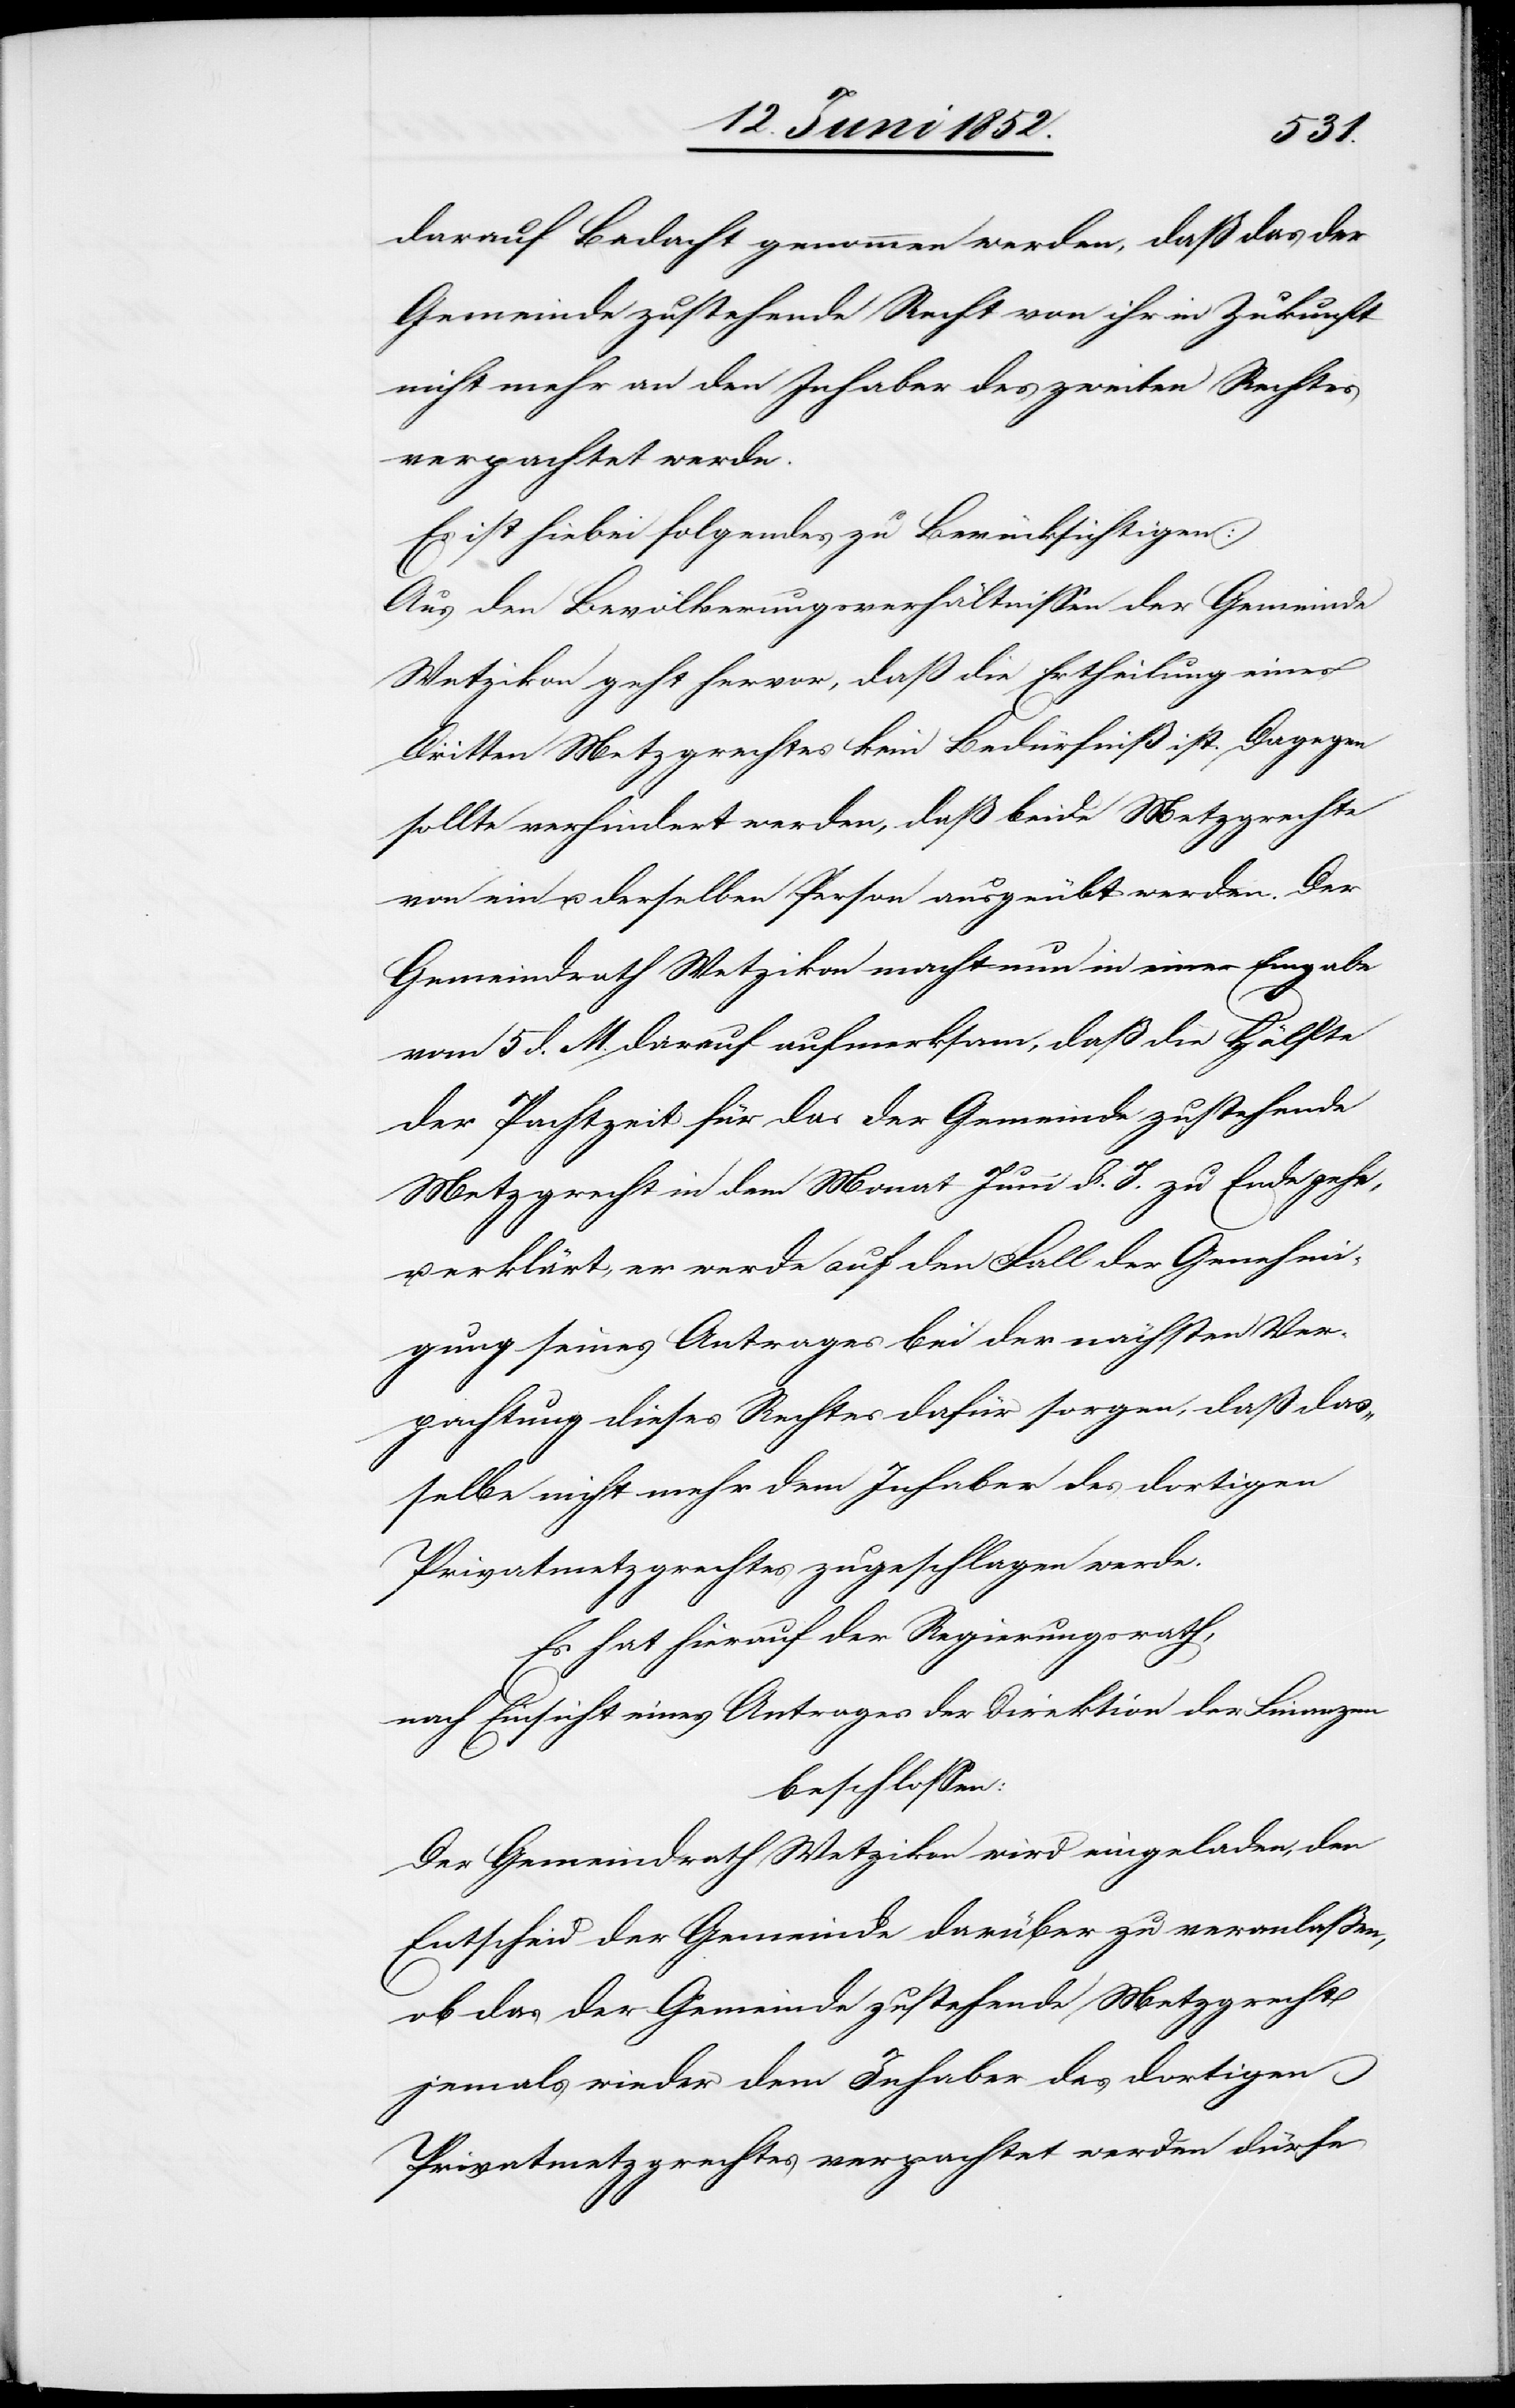
darauf Bedacht genommen werden, daß das der
Gemeinde zustehende Recht von ihr in Zukunft
nicht mehr an den Inhaber des zweiten Rechtes
verpachtet werde.
Es ist hiebei folgendes zu Berücksichtigen:
Aus den Bevölkerungsverhältnissen der Gemeinde
Wetzikon geht hervor, daß die Ertheilung eines
Dritten Metzgrechtes kein Bedürfniß ist. Dagegen
sollte verhindert werden, daß beide Metzgrechte
von ein u. derselben Person ausgeübt werden. Der
Gemeindrath Wetzikon macht nun in einer Eingabe
vom 5 d. M. darauf aufmerksam, daß die Hälfte
der Pachtzeit für das der Gemeinde zustehende
Metzgrecht in dem Monat Juni d. J. zu Ende gehe,
erklärt, er werde auf den Fall der Genehmi¬
gung seines Antrages bei der nächsten Ver¬
pachtung dieses Rechtes dafür sorgen, daß das¬
selbe nicht mehr dem Inhaber des dortigen
Privatmetzgrechtes zugeschlagen werde.
Es hat hierauf der Regierungsrath,
nach Einsicht eines Antrages der Direktion der Finanzen
beschlossen:
Der Gemeindrath Wetzikon wird eingeladen, den
Entscheid der Gemeinde darüber zu veranlassen,
ob das der Gemeinde zustehende Metzgrecht
jemals wieder dem Inhaber des dortigen
Privatmetzgrechtes verpachtet werden dürfe